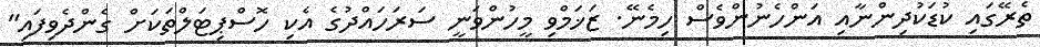
ތެރޭގައި ކުޑަކުދިންނާއި އަންހެނުންވެސް ހިމެނޭ. ޒަޚަމްވި މީހުންވަނީ ސަރަހައްދުގެ އެކި ހޮސްޕިޓަލްތަކަށް ގެންދެވިފައި"